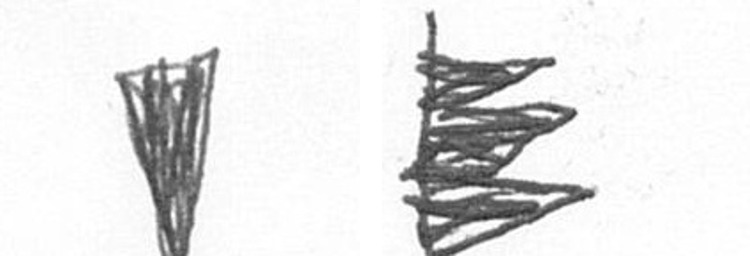
J H